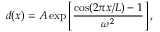
d ( x ) = A \exp \left[ \frac { \cos ( 2 \pi x / L ) - 1 } { \omega ^ { 2 } } \right] ,